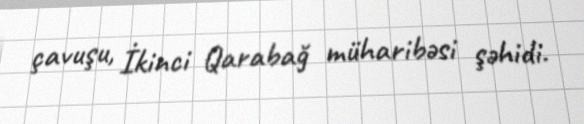
çavuşu, İkinci Qarabağ müharibəsi şəhidi.